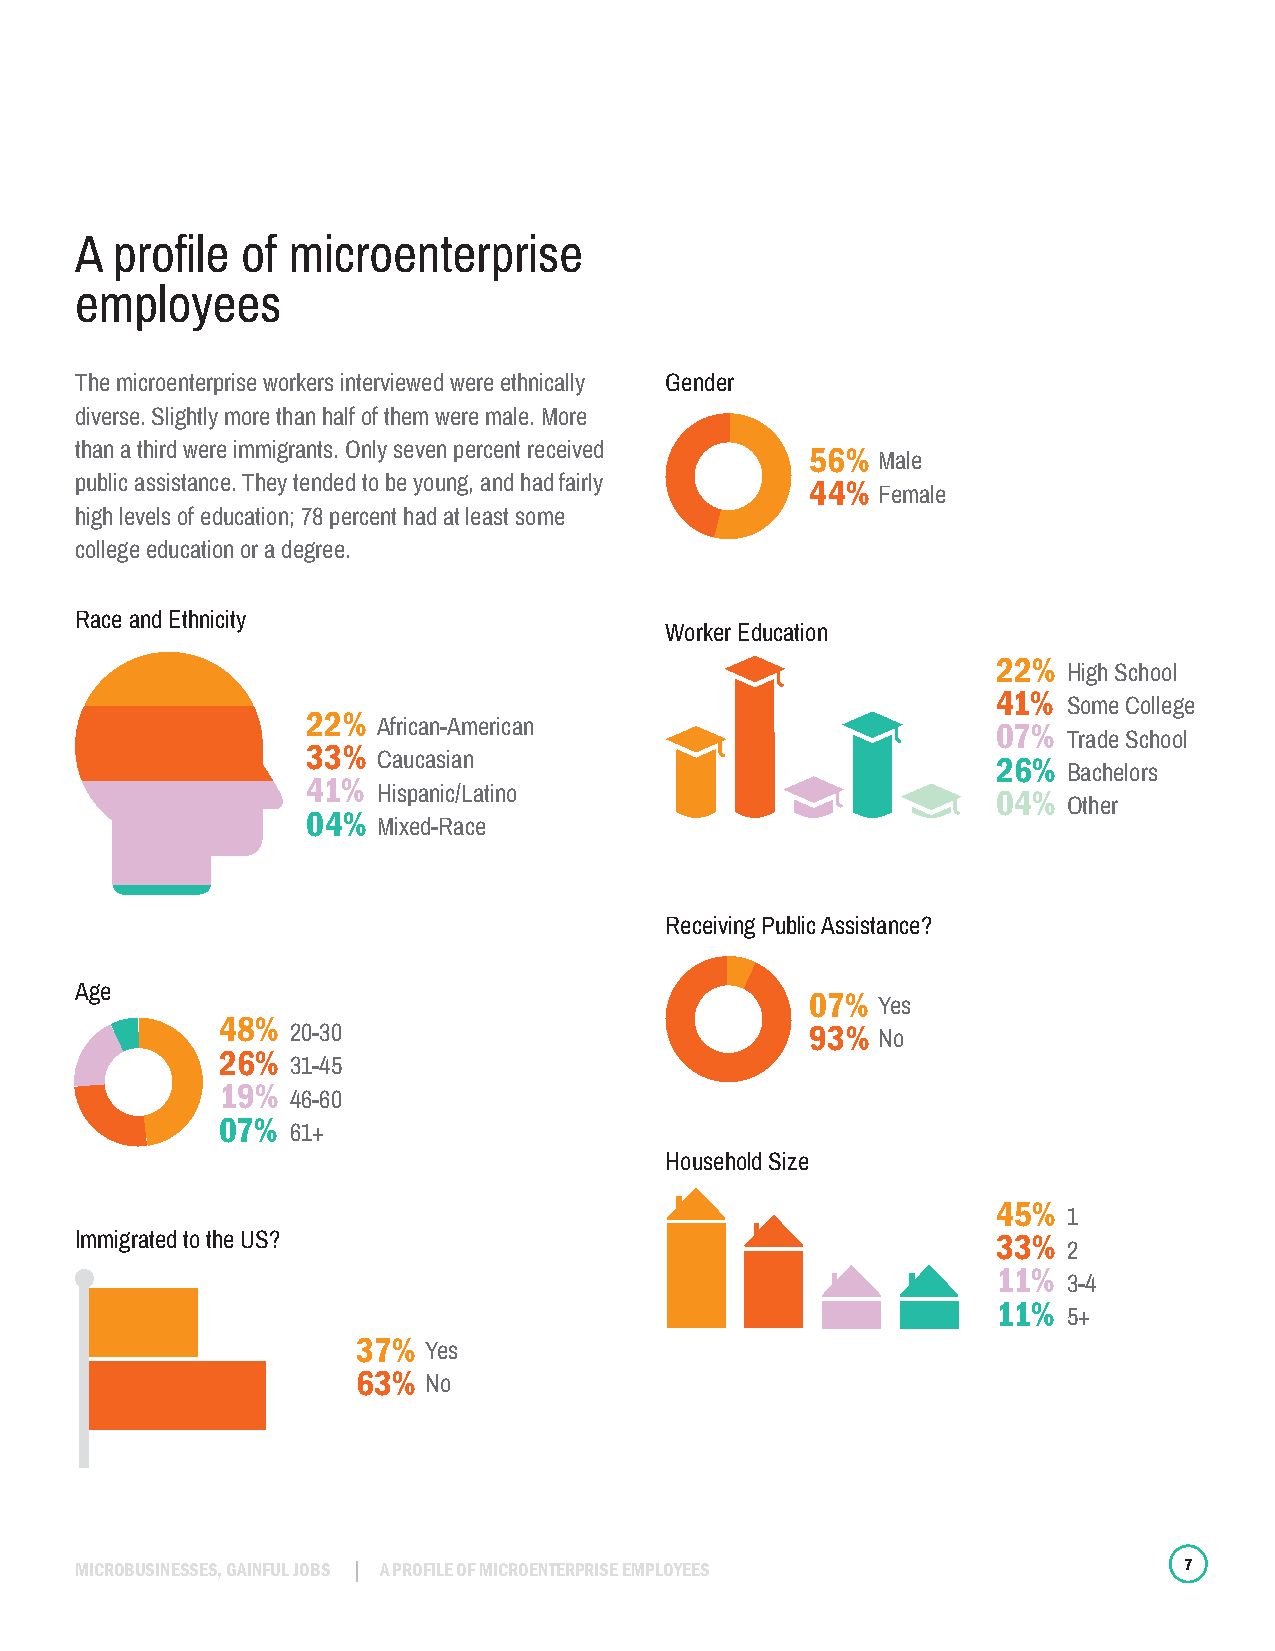
A profile  of microenterprise
 employees
 The microenterprise workers interviewed were ethnically Gender
 diverse. Slightly more than half of them were male. More
 than a third were immigrants. Only seven percent received
 56% Male
 public assistance. They tended to be young, and had fairly
 44% Female
 high levels of education; 78 percent had at least some
 college education or a degree.
 Race and Ethnicity
 Worker Education
 22%
 High School
 41%
 Some College
 22%
 African-American                         07%
 Trade School
 33%
 Caucasian                                26%
 Bachelors
 41%
 Hispanic/Latino                          04%
 Other
 04%
 Mixed-Race
 Receiving Public Assistance?
 Age
 07% Yes
 48%
 20-30                              93% No
 26%
 31-45
 19%
 46-60
 07%
 61+
 Household Size
 45%
 1
 Immigrated to the US?                                        33%
 2
 11%
 3-4
 11%
 5+
 37% Yes
 63% No
 MICROBUSINESSES, GAINFUL JOBS A PROFILE OF MICROENTERPRISE EMPLOYEES     7